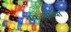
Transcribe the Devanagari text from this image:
चकत्यांच्या